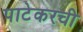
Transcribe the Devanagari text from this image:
पाटेकरची